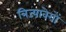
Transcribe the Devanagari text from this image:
त्रिज्यावेगों